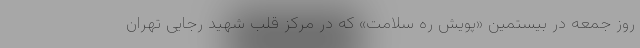
روز جمعه در بیستمین «پویش ره سلامت» که در مرکز قلب شهید رجایی تهران